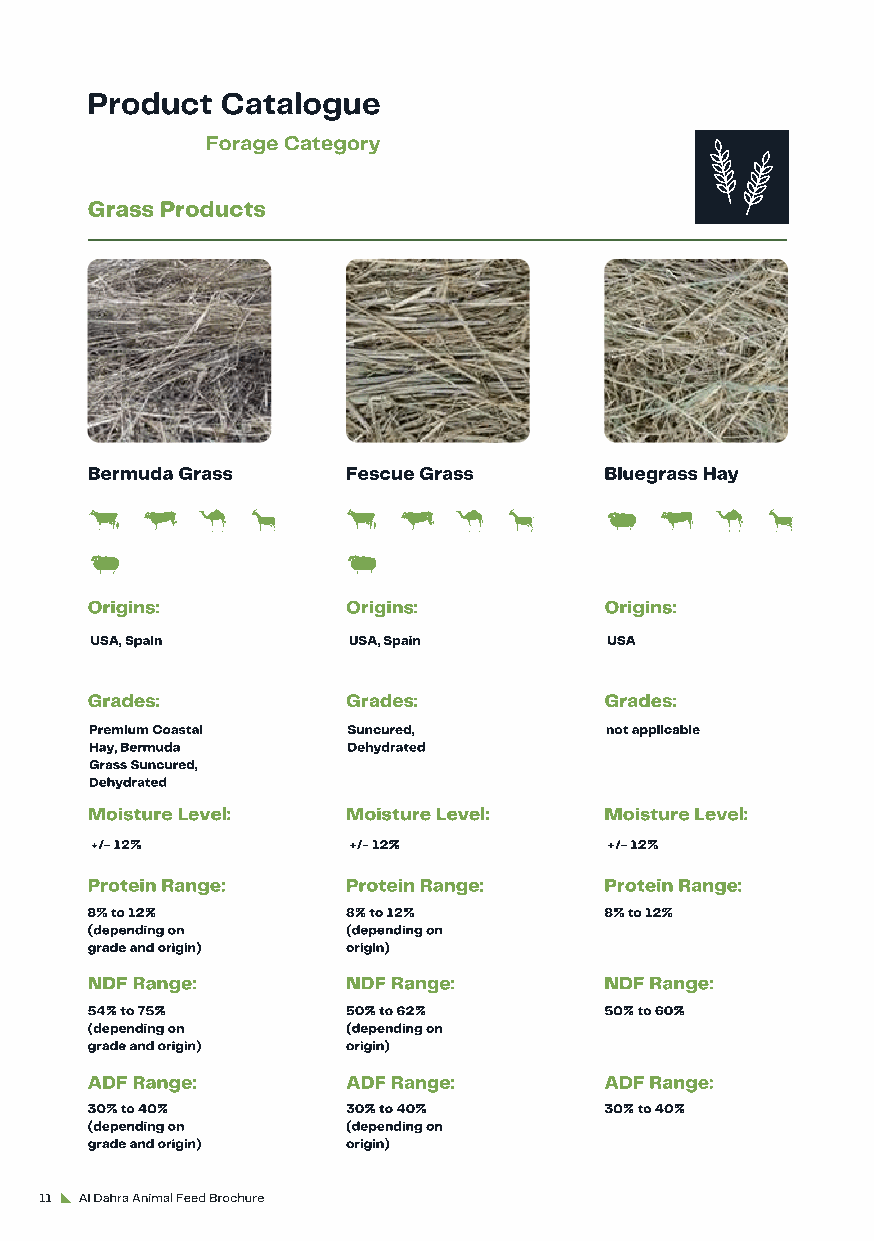
Product  Catalogue
 Forage Category
 Grass Products
 Bermuda Grass    Fescue Grass     Bluegrass Hay
 Origins:         Origins:         Origins:
 USA, Spain       USA, Spain       USA
 Grades:          Grades:          Grades:
 Premium Coastal  Suncured,        not applicable
 Hay, Bermuda     Dehydrated
 Grass Suncured,
 Dehydrated
 Moisture Level:  Moisture Level:  Moisture Level:
 +/- 12%          +/- 12%          +/- 12%
 Protein Range:   Protein Range:   Protein Range:
 8% to 12%        8% to 12%        8% to 12%
 (depending on    (depending on
 grade and origin) origin)
 NDF Range:       NDF Range:       NDF Range:
 54% to 75%       50% to 62%       50% to 60%
 (depending on    (depending on
 grade and origin) origin)
 ADF Range:       ADF Range:       ADF Range:
 30% to 40%       30% to 40%       30% to 40%
 (depending on    (depending on
 grade and origin) origin)
 11 Al Dahra Animal Feed Brochure